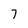
Character: 7